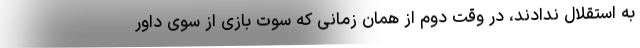
به استقلال ندادند، در وقت دوم از همان زمانی که سوت بازی از سوی داور